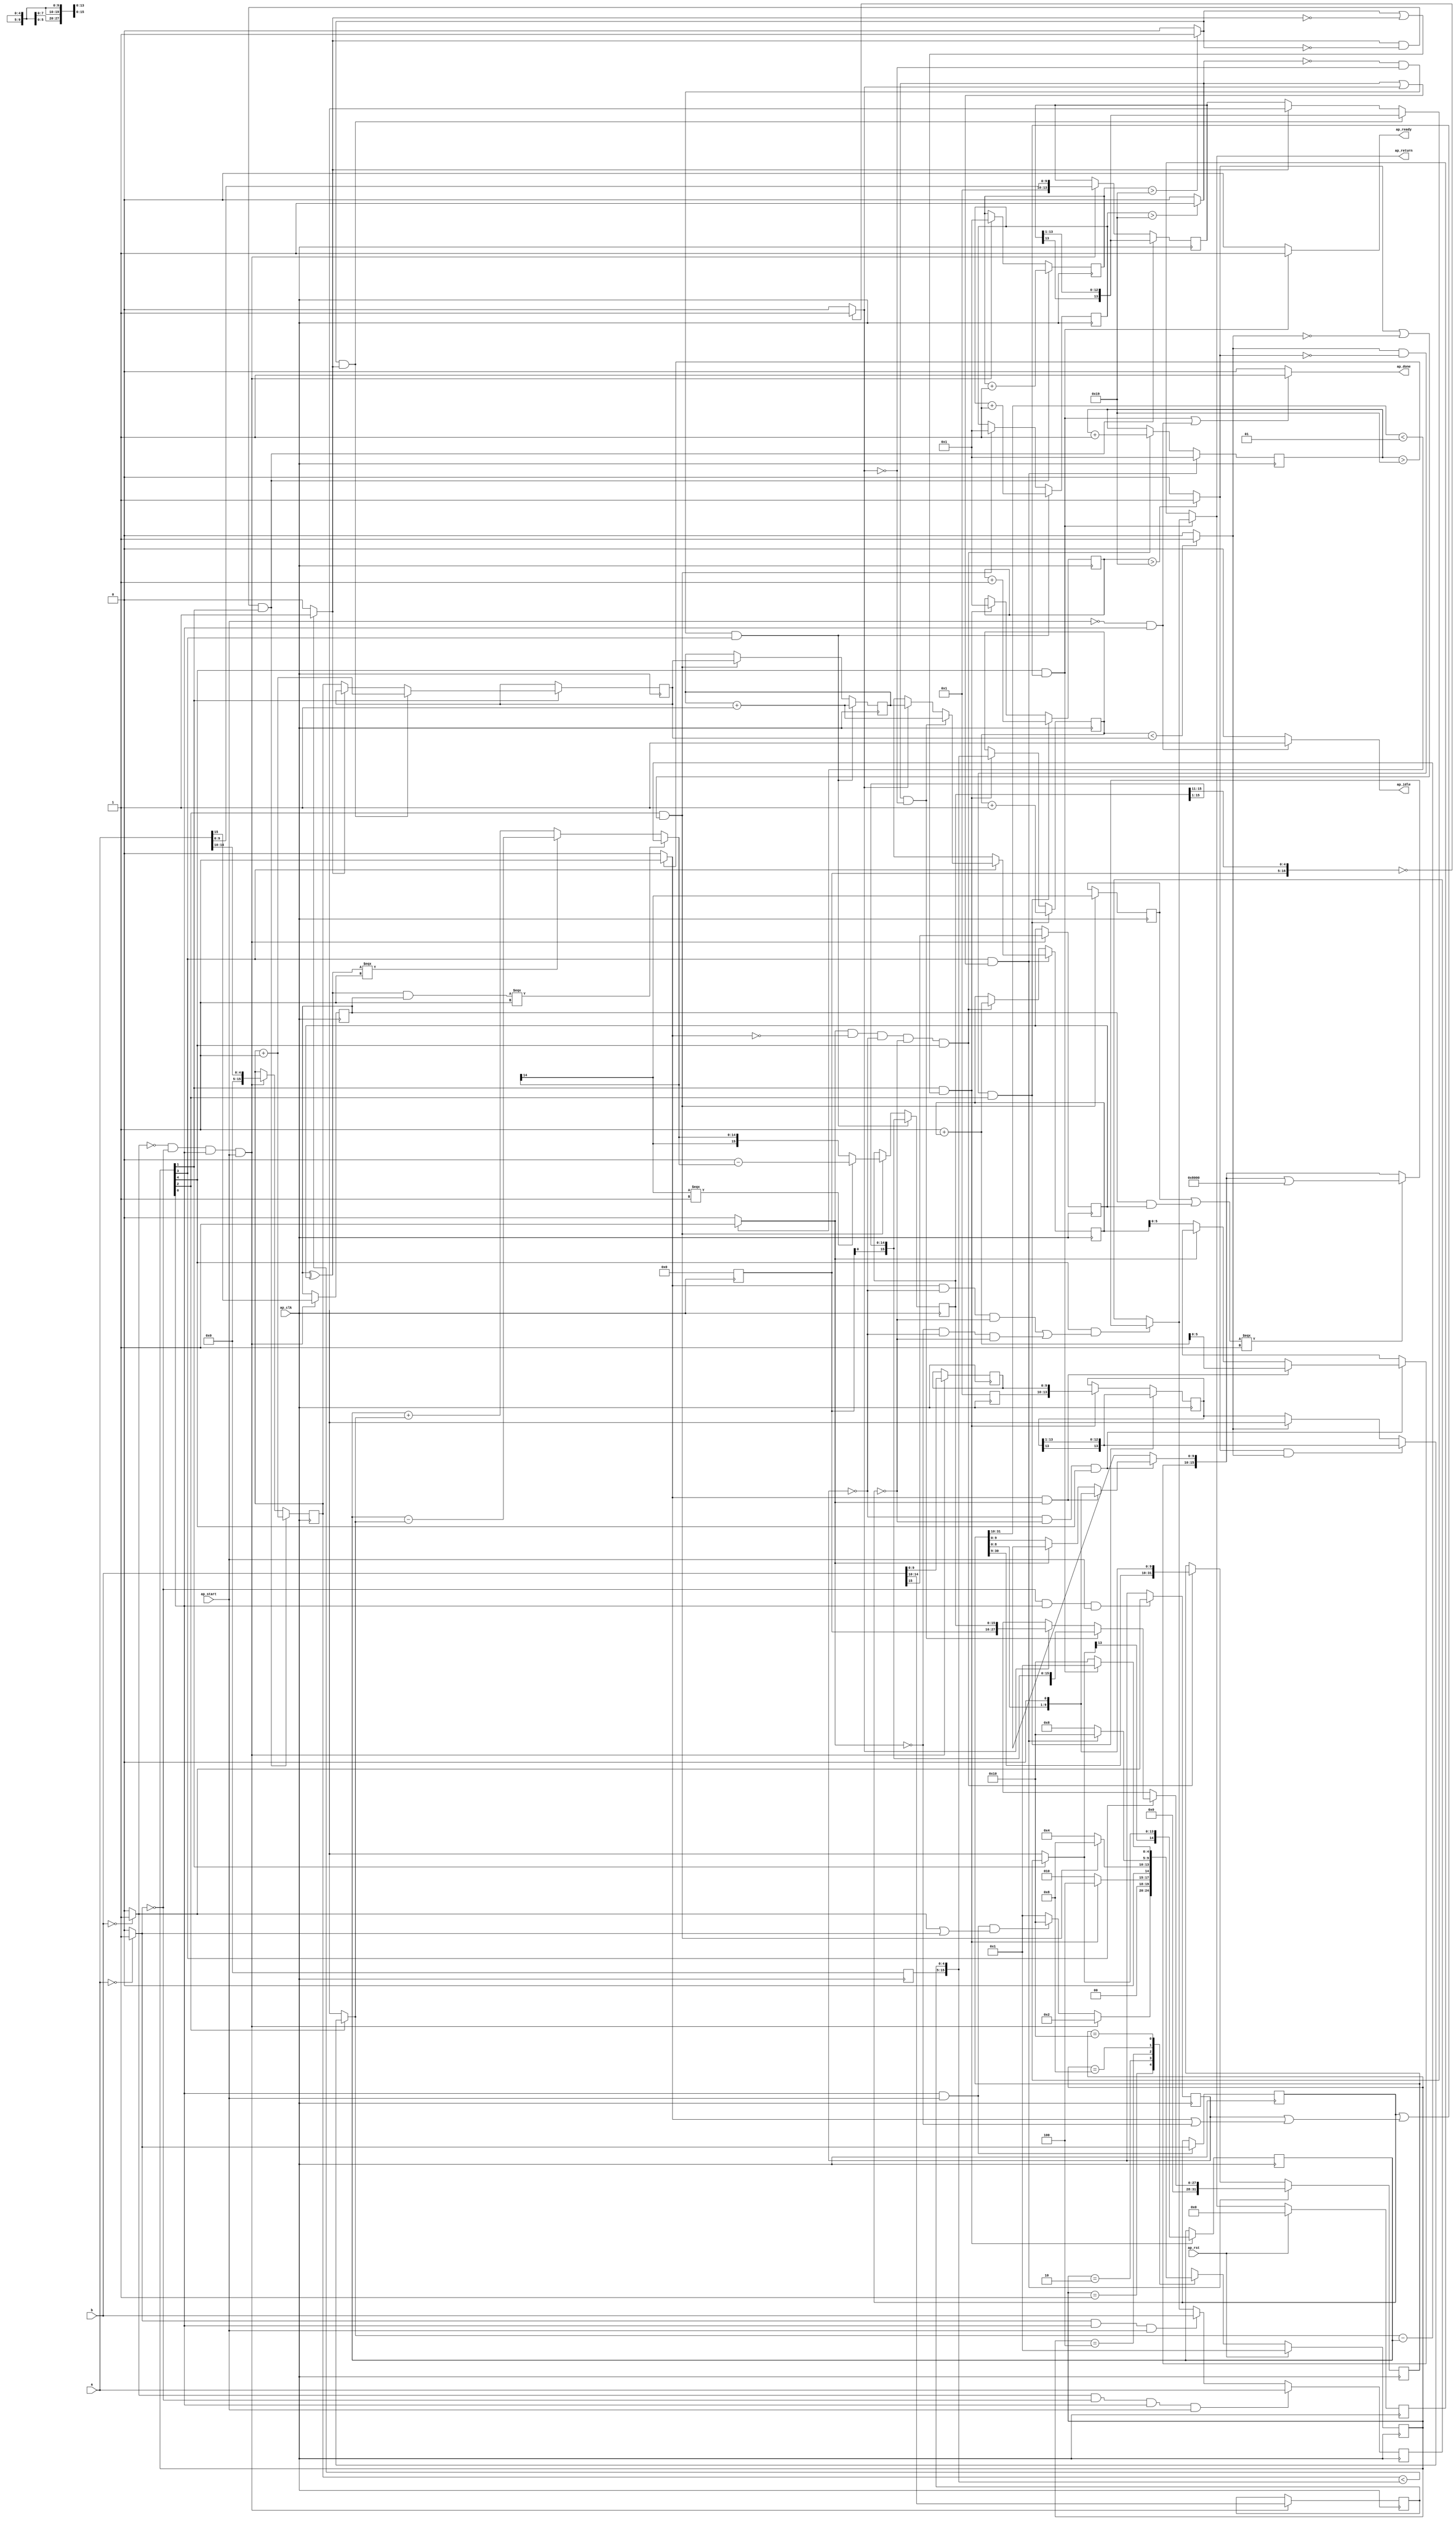
// ==============================================================
// RTL generated by Vivado(TM) HLS - High-Level Synthesis from C, C++ and SystemC
// Version: 2019.1
// Copyright (C) 1986-2019 Xilinx, Inc. All Rights Reserved.
// 
// ===========================================================

`timescale 1 ns / 1 ps 

module add (
        ap_clk,
        ap_rst,
        ap_start,
        ap_done,
        ap_idle,
        ap_ready,
        a,
        b,
        ap_return
);

parameter    ap_ST_fsm_state1 = 5'd1;
parameter    ap_ST_fsm_state2 = 5'd2;
parameter    ap_ST_fsm_state3 = 5'd4;
parameter    ap_ST_fsm_state4 = 5'd8;
parameter    ap_ST_fsm_state5 = 5'd16;

input   ap_clk;
input   ap_rst;
input   ap_start;
output   ap_done;
output   ap_idle;
output   ap_ready;
input  [15:0] a;
input  [15:0] b;
output  [15:0] ap_return;

reg ap_done;
reg ap_idle;
reg ap_ready;
reg[15:0] ap_return;

(* fsm_encoding = "none" *) reg   [4:0] ap_CS_fsm;
wire    ap_CS_fsm_state1;
wire   [0:0] icmp_ln187_fu_269_p2;
reg   [0:0] icmp_ln187_reg_667;
wire   [0:0] icmp_ln188_fu_275_p2;
reg   [0:0] icmp_ln188_reg_671;
reg   [0:0] tmp_reg_675;
reg   [0:0] tmp_30_reg_682;
wire   [15:0] zext_ln191_fu_307_p1;
wire   [15:0] zext_ln192_fu_321_p1;
reg   [15:0] zext_ln192_reg_693;
wire   [13:0] zext_ln198_fu_341_p1;
wire   [13:0] zext_ln199_fu_353_p1;
reg   [13:0] zext_ln199_reg_704;
wire  signed [13:0] sext_ln204_fu_372_p1;
wire    ap_CS_fsm_state2;
wire   [0:0] icmp_ln203_fu_357_p2;
wire   [15:0] expA_3_fu_377_p2;
wire   [15:0] add_ln211_fu_390_p2;
wire   [0:0] icmp_ln207_fu_384_p2;
wire  signed [14:0] sext_ln214_fu_396_p1;
reg  signed [14:0] sext_ln214_reg_730;
wire  signed [13:0] sext_ln215_fu_416_p1;
wire    ap_CS_fsm_state3;
wire   [0:0] icmp_ln214_fu_400_p2;
wire   [15:0] expB_1_fu_421_p2;
wire   [15:0] add_ln222_fu_433_p2;
wire   [0:0] icmp_ln218_fu_427_p2;
wire   [27:0] zext_ln236_fu_509_p1;
reg   [0:0] tmp_34_reg_763;
wire   [27:0] zext_ln246_fu_547_p1;
wire    ap_CS_fsm_state4;
wire   [0:0] icmp_ln245_fu_531_p2;
wire   [15:0] expA_6_fu_552_p2;
wire   [15:0] add_ln253_fu_565_p2;
wire   [0:0] icmp_ln249_fu_559_p2;
wire   [31:0] resultMantissa_7_fu_571_p1;
wire   [31:0] resultMantissa_8_fu_591_p2;
wire    ap_CS_fsm_state5;
wire   [0:0] icmp_ln256_fu_585_p2;
wire   [15:0] expA_7_fu_598_p2;
wire   [15:0] add_ln264_fu_611_p2;
wire   [0:0] icmp_ln260_fu_605_p2;
reg   [13:0] mantissaA_0_reg_68;
reg   [15:0] expA_0_reg_77;
reg   [15:0] i_loop_reg_86;
reg   [13:0] ap_phi_mux_mantissaA_1_phi_fu_100_p4;
reg   [15:0] expA_1_reg_107;
reg   [13:0] mantissaB_0_reg_118;
reg   [15:0] expB_0_reg_127;
reg   [15:0] i_loop_1_reg_136;
reg   [13:0] ap_phi_mux_mantissaB_1_phi_fu_150_p4;
reg   [15:0] expA_2_reg_157;
reg   [15:0] i_loop_2_reg_167;
reg   [27:0] resultMantissa_3_reg_178;
reg   [15:0] ap_phi_mux_expA_4_ph_phi_fu_190_p4;
reg   [27:0] ap_phi_mux_resultMantissa_5_ph_s_phi_fu_201_p4;
reg   [15:0] expA_4_reg_208;
reg   [15:0] i_loop_3_reg_218;
reg   [31:0] resultMantissa_5_reg_229;
reg   [15:0] ap_phi_mux_expA_5_phi_fu_241_p4;
reg   [31:0] ap_phi_mux_resultMantissa_6_phi_fu_251_p4;
wire   [15:0] result_2_fu_648_p3;
reg   [15:0] ap_phi_mux_p_0_phi_fu_261_p6;
reg   [15:0] p_0_reg_258;
wire   [4:0] expA_fu_297_p4;
wire   [4:0] expB_fu_311_p4;
wire   [9:0] mantissaA_fu_325_p1;
wire   [10:0] mantissaA_2_fu_333_p3;
wire   [9:0] mantissaB_fu_329_p1;
wire   [10:0] mantissaB_2_fu_345_p3;
wire   [12:0] tmp_31_fu_362_p4;
wire   [12:0] tmp_32_fu_406_p4;
wire  signed [14:0] sext_ln226_fu_439_p1;
wire   [0:0] xor_ln226_fu_443_p2;
wire   [14:0] resultMantissa_1_fu_457_p2;
wire   [14:0] add_ln227_fu_447_p2;
wire   [0:0] and_ln189_fu_470_p2;
wire   [14:0] resultMantissa_fu_452_p2;
wire   [14:0] resultMantissa_2_fu_462_p3;
wire  signed [14:0] resultMantissa_4_fu_475_p3;
wire  signed [15:0] sext_ln189_fu_483_p1;
wire   [0:0] tmp_33_fu_487_p3;
wire   [15:0] sub_ln238_fu_495_p2;
wire   [15:0] select_ln236_fu_501_p3;
wire   [16:0] tmp_35_fu_521_p4;
wire   [26:0] tmp_36_fu_537_p4;
wire   [21:0] tmp_37_fu_575_p4;
wire   [5:0] trunc_ln267_1_fu_621_p1;
wire   [9:0] trunc_ln267_fu_617_p1;
wire   [0:0] and_ln268_fu_633_p2;
wire   [15:0] result_fu_625_p3;
wire   [0:0] or_ln268_fu_637_p2;
wire   [15:0] result_1_fu_642_p2;
reg   [15:0] ap_return_preg;
reg   [4:0] ap_NS_fsm;
reg    ap_condition_430;

// power-on initialization
initial begin
#0 ap_CS_fsm = 5'd1;
#0 ap_return_preg = 16'd0;
end

always @ (posedge ap_clk) begin
    if (ap_rst == 1'b1) begin
        ap_CS_fsm <= ap_ST_fsm_state1;
    end else begin
        ap_CS_fsm <= ap_NS_fsm;
    end
end

always @ (posedge ap_clk) begin
    if (ap_rst == 1'b1) begin
        ap_return_preg <= 16'd0;
    end else begin
        if (((1'b1 == ap_CS_fsm_state5) & ((icmp_ln187_reg_667 == 1'd1) | ((icmp_ln188_reg_671 == 1'd1) | ((icmp_ln260_fu_605_p2 == 1'd1) | (icmp_ln256_fu_585_p2 == 1'd0)))))) begin
            ap_return_preg <= ap_phi_mux_p_0_phi_fu_261_p6;
        end
    end
end

always @ (posedge ap_clk) begin
    if (((icmp_ln203_fu_357_p2 == 1'd1) & (icmp_ln207_fu_384_p2 == 1'd0) & (1'b1 == ap_CS_fsm_state2))) begin
        expA_0_reg_77 <= expA_3_fu_377_p2;
    end else if (((icmp_ln188_fu_275_p2 == 1'd0) & (icmp_ln187_fu_269_p2 == 1'd0) & (1'b1 == ap_CS_fsm_state1) & (ap_start == 1'b1))) begin
        expA_0_reg_77 <= zext_ln191_fu_307_p1;
    end
end

always @ (posedge ap_clk) begin
    if ((1'b1 == ap_CS_fsm_state2)) begin
        if (((icmp_ln207_fu_384_p2 == 1'd1) & (icmp_ln203_fu_357_p2 == 1'd1))) begin
            expA_1_reg_107 <= expA_3_fu_377_p2;
        end else if ((icmp_ln203_fu_357_p2 == 1'd0)) begin
            expA_1_reg_107 <= expA_0_reg_77;
        end
    end
end

always @ (posedge ap_clk) begin
    if (((icmp_ln249_fu_559_p2 == 1'd0) & (icmp_ln245_fu_531_p2 == 1'd0) & (1'b1 == ap_CS_fsm_state4))) begin
        expA_2_reg_157 <= expA_6_fu_552_p2;
    end else if (((1'b1 == ap_CS_fsm_state3) & ((icmp_ln218_fu_427_p2 == 1'd1) | (icmp_ln214_fu_400_p2 == 1'd0)))) begin
        expA_2_reg_157 <= expA_1_reg_107;
    end
end

always @ (posedge ap_clk) begin
    if (((1'b1 == ap_CS_fsm_state4) & ((icmp_ln249_fu_559_p2 == 1'd1) | (icmp_ln245_fu_531_p2 == 1'd1)))) begin
        expA_4_reg_208 <= ap_phi_mux_expA_4_ph_phi_fu_190_p4;
    end else if (((icmp_ln256_fu_585_p2 == 1'd1) & (icmp_ln260_fu_605_p2 == 1'd0) & (icmp_ln188_reg_671 == 1'd0) & (icmp_ln187_reg_667 == 1'd0) & (1'b1 == ap_CS_fsm_state5))) begin
        expA_4_reg_208 <= expA_7_fu_598_p2;
    end
end

always @ (posedge ap_clk) begin
    if (((icmp_ln214_fu_400_p2 == 1'd1) & (icmp_ln218_fu_427_p2 == 1'd0) & (1'b1 == ap_CS_fsm_state3))) begin
        expB_0_reg_127 <= expB_1_fu_421_p2;
    end else if (((1'b1 == ap_CS_fsm_state2) & ((icmp_ln207_fu_384_p2 == 1'd1) | (icmp_ln203_fu_357_p2 == 1'd0)))) begin
        expB_0_reg_127 <= zext_ln192_reg_693;
    end
end

always @ (posedge ap_clk) begin
    if (((icmp_ln214_fu_400_p2 == 1'd1) & (icmp_ln218_fu_427_p2 == 1'd0) & (1'b1 == ap_CS_fsm_state3))) begin
        i_loop_1_reg_136 <= add_ln222_fu_433_p2;
    end else if (((1'b1 == ap_CS_fsm_state2) & ((icmp_ln207_fu_384_p2 == 1'd1) | (icmp_ln203_fu_357_p2 == 1'd0)))) begin
        i_loop_1_reg_136 <= 16'd1;
    end
end

always @ (posedge ap_clk) begin
    if (((icmp_ln249_fu_559_p2 == 1'd0) & (icmp_ln245_fu_531_p2 == 1'd0) & (1'b1 == ap_CS_fsm_state4))) begin
        i_loop_2_reg_167 <= add_ln253_fu_565_p2;
    end else if (((1'b1 == ap_CS_fsm_state3) & ((icmp_ln218_fu_427_p2 == 1'd1) | (icmp_ln214_fu_400_p2 == 1'd0)))) begin
        i_loop_2_reg_167 <= 16'd1;
    end
end

always @ (posedge ap_clk) begin
    if (((1'b1 == ap_CS_fsm_state4) & ((icmp_ln249_fu_559_p2 == 1'd1) | (icmp_ln245_fu_531_p2 == 1'd1)))) begin
        i_loop_3_reg_218 <= 16'd1;
    end else if (((icmp_ln256_fu_585_p2 == 1'd1) & (icmp_ln260_fu_605_p2 == 1'd0) & (icmp_ln188_reg_671 == 1'd0) & (icmp_ln187_reg_667 == 1'd0) & (1'b1 == ap_CS_fsm_state5))) begin
        i_loop_3_reg_218 <= add_ln264_fu_611_p2;
    end
end

always @ (posedge ap_clk) begin
    if (((icmp_ln203_fu_357_p2 == 1'd1) & (icmp_ln207_fu_384_p2 == 1'd0) & (1'b1 == ap_CS_fsm_state2))) begin
        i_loop_reg_86 <= add_ln211_fu_390_p2;
    end else if (((icmp_ln188_fu_275_p2 == 1'd0) & (icmp_ln187_fu_269_p2 == 1'd0) & (1'b1 == ap_CS_fsm_state1) & (ap_start == 1'b1))) begin
        i_loop_reg_86 <= 16'd1;
    end
end

always @ (posedge ap_clk) begin
    if (((icmp_ln203_fu_357_p2 == 1'd1) & (icmp_ln207_fu_384_p2 == 1'd0) & (1'b1 == ap_CS_fsm_state2))) begin
        mantissaA_0_reg_68 <= sext_ln204_fu_372_p1;
    end else if (((icmp_ln188_fu_275_p2 == 1'd0) & (icmp_ln187_fu_269_p2 == 1'd0) & (1'b1 == ap_CS_fsm_state1) & (ap_start == 1'b1))) begin
        mantissaA_0_reg_68 <= zext_ln198_fu_341_p1;
    end
end

always @ (posedge ap_clk) begin
    if (((icmp_ln214_fu_400_p2 == 1'd1) & (icmp_ln218_fu_427_p2 == 1'd0) & (1'b1 == ap_CS_fsm_state3))) begin
        mantissaB_0_reg_118 <= sext_ln215_fu_416_p1;
    end else if (((1'b1 == ap_CS_fsm_state2) & ((icmp_ln207_fu_384_p2 == 1'd1) | (icmp_ln203_fu_357_p2 == 1'd0)))) begin
        mantissaB_0_reg_118 <= zext_ln199_reg_704;
    end
end

always @ (posedge ap_clk) begin
    if (((icmp_ln188_fu_275_p2 == 1'd1) & (icmp_ln187_fu_269_p2 == 1'd0) & (1'b1 == ap_CS_fsm_state1) & (ap_start == 1'b1))) begin
        p_0_reg_258 <= a;
    end else if (((icmp_ln187_fu_269_p2 == 1'd1) & (1'b1 == ap_CS_fsm_state1) & (ap_start == 1'b1))) begin
        p_0_reg_258 <= b;
    end else if (((1'b1 == ap_CS_fsm_state5) & (((icmp_ln260_fu_605_p2 == 1'd1) & (icmp_ln188_reg_671 == 1'd0) & (icmp_ln187_reg_667 == 1'd0)) | ((icmp_ln256_fu_585_p2 == 1'd0) & (icmp_ln188_reg_671 == 1'd0) & (icmp_ln187_reg_667 == 1'd0))))) begin
        p_0_reg_258 <= result_2_fu_648_p3;
    end
end

always @ (posedge ap_clk) begin
    if (((icmp_ln249_fu_559_p2 == 1'd0) & (icmp_ln245_fu_531_p2 == 1'd0) & (1'b1 == ap_CS_fsm_state4))) begin
                resultMantissa_3_reg_178[15 : 0] <= zext_ln246_fu_547_p1[15 : 0];
    end else if (((1'b1 == ap_CS_fsm_state3) & ((icmp_ln218_fu_427_p2 == 1'd1) | (icmp_ln214_fu_400_p2 == 1'd0)))) begin
                resultMantissa_3_reg_178[15 : 0] <= zext_ln236_fu_509_p1[15 : 0];
    end
end

always @ (posedge ap_clk) begin
    if (((1'b1 == ap_CS_fsm_state4) & ((icmp_ln249_fu_559_p2 == 1'd1) | (icmp_ln245_fu_531_p2 == 1'd1)))) begin
        resultMantissa_5_reg_229 <= resultMantissa_7_fu_571_p1;
    end else if (((icmp_ln256_fu_585_p2 == 1'd1) & (icmp_ln260_fu_605_p2 == 1'd0) & (icmp_ln188_reg_671 == 1'd0) & (icmp_ln187_reg_667 == 1'd0) & (1'b1 == ap_CS_fsm_state5))) begin
        resultMantissa_5_reg_229 <= resultMantissa_8_fu_591_p2;
    end
end

always @ (posedge ap_clk) begin
    if (((1'b1 == ap_CS_fsm_state1) & (ap_start == 1'b1))) begin
        icmp_ln187_reg_667 <= icmp_ln187_fu_269_p2;
    end
end

always @ (posedge ap_clk) begin
    if (((icmp_ln187_fu_269_p2 == 1'd0) & (1'b1 == ap_CS_fsm_state1) & (ap_start == 1'b1))) begin
        icmp_ln188_reg_671 <= icmp_ln188_fu_275_p2;
    end
end

always @ (posedge ap_clk) begin
    if (((1'b1 == ap_CS_fsm_state2) & ((icmp_ln207_fu_384_p2 == 1'd1) | (icmp_ln203_fu_357_p2 == 1'd0)))) begin
        sext_ln214_reg_730 <= sext_ln214_fu_396_p1;
    end
end

always @ (posedge ap_clk) begin
    if (((icmp_ln188_fu_275_p2 == 1'd0) & (icmp_ln187_fu_269_p2 == 1'd0) & (1'b1 == ap_CS_fsm_state1) & (ap_start == 1'b1))) begin
        tmp_30_reg_682 <= b[32'd15];
        tmp_reg_675 <= a[32'd15];
        zext_ln192_reg_693[4 : 0] <= zext_ln192_fu_321_p1[4 : 0];
        zext_ln199_reg_704[9 : 0] <= zext_ln199_fu_353_p1[9 : 0];
    end
end

always @ (posedge ap_clk) begin
    if (((1'b1 == ap_CS_fsm_state3) & ((icmp_ln218_fu_427_p2 == 1'd1) | (icmp_ln214_fu_400_p2 == 1'd0)))) begin
        tmp_34_reg_763 <= resultMantissa_4_fu_475_p3[32'd14];
    end
end

always @ (*) begin
    if ((((1'b1 == ap_CS_fsm_state5) & ((icmp_ln187_reg_667 == 1'd1) | ((icmp_ln188_reg_671 == 1'd1) | ((icmp_ln260_fu_605_p2 == 1'd1) | (icmp_ln256_fu_585_p2 == 1'd0))))) | ((ap_start == 1'b0) & (1'b1 == ap_CS_fsm_state1)))) begin
        ap_done = 1'b1;
    end else begin
        ap_done = 1'b0;
    end
end

always @ (*) begin
    if (((ap_start == 1'b0) & (1'b1 == ap_CS_fsm_state1))) begin
        ap_idle = 1'b1;
    end else begin
        ap_idle = 1'b0;
    end
end

always @ (*) begin
    if ((1'b1 == ap_CS_fsm_state4)) begin
        if (((icmp_ln249_fu_559_p2 == 1'd1) & (icmp_ln245_fu_531_p2 == 1'd0))) begin
            ap_phi_mux_expA_4_ph_phi_fu_190_p4 = expA_6_fu_552_p2;
        end else if ((icmp_ln245_fu_531_p2 == 1'd1)) begin
            ap_phi_mux_expA_4_ph_phi_fu_190_p4 = expA_2_reg_157;
        end else begin
            ap_phi_mux_expA_4_ph_phi_fu_190_p4 = 'bx;
        end
    end else begin
        ap_phi_mux_expA_4_ph_phi_fu_190_p4 = 'bx;
    end
end

always @ (*) begin
    if ((1'b1 == ap_condition_430)) begin
        if (((icmp_ln260_fu_605_p2 == 1'd1) & (icmp_ln256_fu_585_p2 == 1'd1))) begin
            ap_phi_mux_expA_5_phi_fu_241_p4 = expA_7_fu_598_p2;
        end else if ((icmp_ln256_fu_585_p2 == 1'd0)) begin
            ap_phi_mux_expA_5_phi_fu_241_p4 = expA_4_reg_208;
        end else begin
            ap_phi_mux_expA_5_phi_fu_241_p4 = 'bx;
        end
    end else begin
        ap_phi_mux_expA_5_phi_fu_241_p4 = 'bx;
    end
end

always @ (*) begin
    if ((1'b1 == ap_CS_fsm_state2)) begin
        if (((icmp_ln207_fu_384_p2 == 1'd1) & (icmp_ln203_fu_357_p2 == 1'd1))) begin
            ap_phi_mux_mantissaA_1_phi_fu_100_p4 = sext_ln204_fu_372_p1;
        end else if ((icmp_ln203_fu_357_p2 == 1'd0)) begin
            ap_phi_mux_mantissaA_1_phi_fu_100_p4 = mantissaA_0_reg_68;
        end else begin
            ap_phi_mux_mantissaA_1_phi_fu_100_p4 = 'bx;
        end
    end else begin
        ap_phi_mux_mantissaA_1_phi_fu_100_p4 = 'bx;
    end
end

always @ (*) begin
    if ((1'b1 == ap_CS_fsm_state3)) begin
        if (((icmp_ln218_fu_427_p2 == 1'd1) & (icmp_ln214_fu_400_p2 == 1'd1))) begin
            ap_phi_mux_mantissaB_1_phi_fu_150_p4 = sext_ln215_fu_416_p1;
        end else if ((icmp_ln214_fu_400_p2 == 1'd0)) begin
            ap_phi_mux_mantissaB_1_phi_fu_150_p4 = mantissaB_0_reg_118;
        end else begin
            ap_phi_mux_mantissaB_1_phi_fu_150_p4 = 'bx;
        end
    end else begin
        ap_phi_mux_mantissaB_1_phi_fu_150_p4 = 'bx;
    end
end

always @ (*) begin
    if (((1'b1 == ap_CS_fsm_state5) & (((icmp_ln260_fu_605_p2 == 1'd1) & (icmp_ln188_reg_671 == 1'd0) & (icmp_ln187_reg_667 == 1'd0)) | ((icmp_ln256_fu_585_p2 == 1'd0) & (icmp_ln188_reg_671 == 1'd0) & (icmp_ln187_reg_667 == 1'd0))))) begin
        ap_phi_mux_p_0_phi_fu_261_p6 = result_2_fu_648_p3;
    end else begin
        ap_phi_mux_p_0_phi_fu_261_p6 = p_0_reg_258;
    end
end

always @ (*) begin
    if ((1'b1 == ap_CS_fsm_state4)) begin
        if (((icmp_ln249_fu_559_p2 == 1'd1) & (icmp_ln245_fu_531_p2 == 1'd0))) begin
            ap_phi_mux_resultMantissa_5_ph_s_phi_fu_201_p4 = zext_ln246_fu_547_p1;
        end else if ((icmp_ln245_fu_531_p2 == 1'd1)) begin
            ap_phi_mux_resultMantissa_5_ph_s_phi_fu_201_p4 = resultMantissa_3_reg_178;
        end else begin
            ap_phi_mux_resultMantissa_5_ph_s_phi_fu_201_p4 = 'bx;
        end
    end else begin
        ap_phi_mux_resultMantissa_5_ph_s_phi_fu_201_p4 = 'bx;
    end
end

always @ (*) begin
    if ((1'b1 == ap_condition_430)) begin
        if (((icmp_ln260_fu_605_p2 == 1'd1) & (icmp_ln256_fu_585_p2 == 1'd1))) begin
            ap_phi_mux_resultMantissa_6_phi_fu_251_p4 = resultMantissa_8_fu_591_p2;
        end else if ((icmp_ln256_fu_585_p2 == 1'd0)) begin
            ap_phi_mux_resultMantissa_6_phi_fu_251_p4 = resultMantissa_5_reg_229;
        end else begin
            ap_phi_mux_resultMantissa_6_phi_fu_251_p4 = 'bx;
        end
    end else begin
        ap_phi_mux_resultMantissa_6_phi_fu_251_p4 = 'bx;
    end
end

always @ (*) begin
    if (((1'b1 == ap_CS_fsm_state5) & ((icmp_ln187_reg_667 == 1'd1) | ((icmp_ln188_reg_671 == 1'd1) | ((icmp_ln260_fu_605_p2 == 1'd1) | (icmp_ln256_fu_585_p2 == 1'd0)))))) begin
        ap_ready = 1'b1;
    end else begin
        ap_ready = 1'b0;
    end
end

always @ (*) begin
    if (((1'b1 == ap_CS_fsm_state5) & ((icmp_ln187_reg_667 == 1'd1) | ((icmp_ln188_reg_671 == 1'd1) | ((icmp_ln260_fu_605_p2 == 1'd1) | (icmp_ln256_fu_585_p2 == 1'd0)))))) begin
        ap_return = ap_phi_mux_p_0_phi_fu_261_p6;
    end else begin
        ap_return = ap_return_preg;
    end
end

always @ (*) begin
    case (ap_CS_fsm)
        ap_ST_fsm_state1 : begin
            if (((icmp_ln188_fu_275_p2 == 1'd0) & (icmp_ln187_fu_269_p2 == 1'd0) & (1'b1 == ap_CS_fsm_state1) & (ap_start == 1'b1))) begin
                ap_NS_fsm = ap_ST_fsm_state2;
            end else if (((1'b1 == ap_CS_fsm_state1) & (ap_start == 1'b1) & ((icmp_ln188_fu_275_p2 == 1'd1) | (icmp_ln187_fu_269_p2 == 1'd1)))) begin
                ap_NS_fsm = ap_ST_fsm_state5;
            end else begin
                ap_NS_fsm = ap_ST_fsm_state1;
            end
        end
        ap_ST_fsm_state2 : begin
            if (((1'b1 == ap_CS_fsm_state2) & ((icmp_ln207_fu_384_p2 == 1'd1) | (icmp_ln203_fu_357_p2 == 1'd0)))) begin
                ap_NS_fsm = ap_ST_fsm_state3;
            end else begin
                ap_NS_fsm = ap_ST_fsm_state2;
            end
        end
        ap_ST_fsm_state3 : begin
            if (((1'b1 == ap_CS_fsm_state3) & ((icmp_ln218_fu_427_p2 == 1'd1) | (icmp_ln214_fu_400_p2 == 1'd0)))) begin
                ap_NS_fsm = ap_ST_fsm_state4;
            end else begin
                ap_NS_fsm = ap_ST_fsm_state3;
            end
        end
        ap_ST_fsm_state4 : begin
            if (((1'b1 == ap_CS_fsm_state4) & ((icmp_ln249_fu_559_p2 == 1'd1) | (icmp_ln245_fu_531_p2 == 1'd1)))) begin
                ap_NS_fsm = ap_ST_fsm_state5;
            end else begin
                ap_NS_fsm = ap_ST_fsm_state4;
            end
        end
        ap_ST_fsm_state5 : begin
            if (((1'b1 == ap_CS_fsm_state5) & ((icmp_ln187_reg_667 == 1'd1) | ((icmp_ln188_reg_671 == 1'd1) | ((icmp_ln260_fu_605_p2 == 1'd1) | (icmp_ln256_fu_585_p2 == 1'd0)))))) begin
                ap_NS_fsm = ap_ST_fsm_state1;
            end else begin
                ap_NS_fsm = ap_ST_fsm_state5;
            end
        end
        default : begin
            ap_NS_fsm = 'bx;
        end
    endcase
end

assign add_ln211_fu_390_p2 = (i_loop_reg_86 + 16'd1);

assign add_ln222_fu_433_p2 = (i_loop_1_reg_136 + 16'd1);

assign add_ln227_fu_447_p2 = ($signed(sext_ln214_reg_730) + $signed(sext_ln226_fu_439_p1));

assign add_ln253_fu_565_p2 = (i_loop_2_reg_167 + 16'd1);

assign add_ln264_fu_611_p2 = (i_loop_3_reg_218 + 16'd1);

assign and_ln189_fu_470_p2 = (xor_ln226_fu_443_p2 & tmp_reg_675);

assign and_ln268_fu_633_p2 = (tmp_reg_675 & tmp_30_reg_682);

assign ap_CS_fsm_state1 = ap_CS_fsm[32'd0];

assign ap_CS_fsm_state2 = ap_CS_fsm[32'd1];

assign ap_CS_fsm_state3 = ap_CS_fsm[32'd2];

assign ap_CS_fsm_state4 = ap_CS_fsm[32'd3];

assign ap_CS_fsm_state5 = ap_CS_fsm[32'd4];

always @ (*) begin
    ap_condition_430 = ((icmp_ln188_reg_671 == 1'd0) & (icmp_ln187_reg_667 == 1'd0) & (1'b1 == ap_CS_fsm_state5));
end

assign expA_3_fu_377_p2 = (expA_0_reg_77 + 16'd1);

assign expA_6_fu_552_p2 = (expA_2_reg_157 + 16'd1);

assign expA_7_fu_598_p2 = ($signed(16'd65535) + $signed(expA_4_reg_208));

assign expA_fu_297_p4 = {{a[14:10]}};

assign expB_1_fu_421_p2 = (expB_0_reg_127 + 16'd1);

assign expB_fu_311_p4 = {{b[14:10]}};

assign icmp_ln187_fu_269_p2 = ((a == 16'd0) ? 1'b1 : 1'b0);

assign icmp_ln188_fu_275_p2 = ((b == 16'd0) ? 1'b1 : 1'b0);

assign icmp_ln203_fu_357_p2 = (($signed(expA_0_reg_77) < $signed(zext_ln192_reg_693)) ? 1'b1 : 1'b0);

assign icmp_ln207_fu_384_p2 = (($signed(i_loop_reg_86) > $signed(16'd25)) ? 1'b1 : 1'b0);

assign icmp_ln214_fu_400_p2 = (($signed(expB_0_reg_127) < $signed(expA_1_reg_107)) ? 1'b1 : 1'b0);

assign icmp_ln218_fu_427_p2 = (($signed(i_loop_1_reg_136) > $signed(16'd25)) ? 1'b1 : 1'b0);

assign icmp_ln245_fu_531_p2 = ((tmp_35_fu_521_p4 == 17'd0) ? 1'b1 : 1'b0);

assign icmp_ln249_fu_559_p2 = (($signed(i_loop_2_reg_167) > $signed(16'd25)) ? 1'b1 : 1'b0);

assign icmp_ln256_fu_585_p2 = (($signed(tmp_37_fu_575_p4) < $signed(22'd1)) ? 1'b1 : 1'b0);

assign icmp_ln260_fu_605_p2 = (($signed(i_loop_3_reg_218) > $signed(16'd25)) ? 1'b1 : 1'b0);

assign mantissaA_2_fu_333_p3 = {{1'd1}, {mantissaA_fu_325_p1}};

assign mantissaA_fu_325_p1 = a[9:0];

assign mantissaB_2_fu_345_p3 = {{1'd1}, {mantissaB_fu_329_p1}};

assign mantissaB_fu_329_p1 = b[9:0];

assign or_ln268_fu_637_p2 = (tmp_34_reg_763 | and_ln268_fu_633_p2);

assign resultMantissa_1_fu_457_p2 = ($signed(sext_ln214_reg_730) - $signed(sext_ln226_fu_439_p1));

assign resultMantissa_2_fu_462_p3 = ((xor_ln226_fu_443_p2[0:0] === 1'b1) ? resultMantissa_1_fu_457_p2 : add_ln227_fu_447_p2);

assign resultMantissa_4_fu_475_p3 = ((and_ln189_fu_470_p2[0:0] === 1'b1) ? resultMantissa_fu_452_p2 : resultMantissa_2_fu_462_p3);

assign resultMantissa_7_fu_571_p1 = ap_phi_mux_resultMantissa_5_ph_s_phi_fu_201_p4;

assign resultMantissa_8_fu_591_p2 = resultMantissa_5_reg_229 << 32'd1;

assign resultMantissa_fu_452_p2 = ($signed(sext_ln226_fu_439_p1) - $signed(sext_ln214_reg_730));

assign result_1_fu_642_p2 = (result_fu_625_p3 | 16'd32768);

assign result_2_fu_648_p3 = ((or_ln268_fu_637_p2[0:0] === 1'b1) ? result_1_fu_642_p2 : result_fu_625_p3);

assign result_fu_625_p3 = {{trunc_ln267_1_fu_621_p1}, {trunc_ln267_fu_617_p1}};

assign select_ln236_fu_501_p3 = ((tmp_33_fu_487_p3[0:0] === 1'b1) ? sub_ln238_fu_495_p2 : sext_ln189_fu_483_p1);

assign sext_ln189_fu_483_p1 = resultMantissa_4_fu_475_p3;

assign sext_ln204_fu_372_p1 = $signed(tmp_31_fu_362_p4);

assign sext_ln214_fu_396_p1 = $signed(ap_phi_mux_mantissaA_1_phi_fu_100_p4);

assign sext_ln215_fu_416_p1 = $signed(tmp_32_fu_406_p4);

assign sext_ln226_fu_439_p1 = $signed(ap_phi_mux_mantissaB_1_phi_fu_150_p4);

assign sub_ln238_fu_495_p2 = ($signed(16'd0) - $signed(sext_ln189_fu_483_p1));

assign tmp_31_fu_362_p4 = {{mantissaA_0_reg_68[13:1]}};

assign tmp_32_fu_406_p4 = {{mantissaB_0_reg_118[13:1]}};

assign tmp_33_fu_487_p3 = resultMantissa_4_fu_475_p3[32'd14];

assign tmp_35_fu_521_p4 = {{resultMantissa_3_reg_178[27:11]}};

assign tmp_36_fu_537_p4 = {{resultMantissa_3_reg_178[27:1]}};

assign tmp_37_fu_575_p4 = {{resultMantissa_5_reg_229[31:10]}};

assign trunc_ln267_1_fu_621_p1 = ap_phi_mux_expA_5_phi_fu_241_p4[5:0];

assign trunc_ln267_fu_617_p1 = ap_phi_mux_resultMantissa_6_phi_fu_251_p4[9:0];

assign xor_ln226_fu_443_p2 = (tmp_reg_675 ^ tmp_30_reg_682);

assign zext_ln191_fu_307_p1 = expA_fu_297_p4;

assign zext_ln192_fu_321_p1 = expB_fu_311_p4;

assign zext_ln198_fu_341_p1 = mantissaA_2_fu_333_p3;

assign zext_ln199_fu_353_p1 = mantissaB_2_fu_345_p3;

assign zext_ln236_fu_509_p1 = select_ln236_fu_501_p3;

assign zext_ln246_fu_547_p1 = tmp_36_fu_537_p4;

always @ (posedge ap_clk) begin
    zext_ln192_reg_693[15:5] <= 11'b00000000000;
    zext_ln199_reg_704[13:10] <= 4'b0001;
    resultMantissa_3_reg_178[27:16] <= 12'b000000000000;
end

endmodule //add